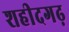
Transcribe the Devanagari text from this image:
शहीदगढ़